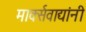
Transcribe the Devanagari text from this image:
मार्क्‍सवाद्यांनी